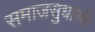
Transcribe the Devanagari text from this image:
समाजसुधारकें